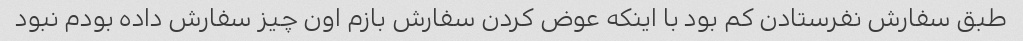
طبق سفارش نفرستادن کم بود با اینکه عوض کردن سفارش بازم اون چیز سفارش داده بودم نبود